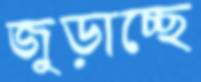
জুড়াচ্ছে